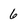
Character: 6